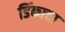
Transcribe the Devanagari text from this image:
डिंकाचा